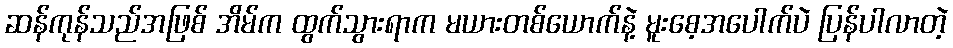
ဆန်ကုန်သည်အဖြစ် အိမ်က ထွက်သွားရာက မယားတစ်ယောက်နဲ့ မူးစေ့အပေါက်ပဲ ပြန်ပါလာတဲ့